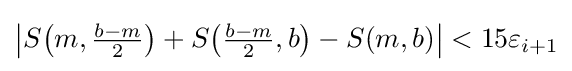
{\textstyle \left|S{\left(m,{\frac {b-m}{2}}\right)}+S{\left({\frac {b-m}{2}},b\right)}-S(m,b)\right|<15\varepsilon _{i+1}}